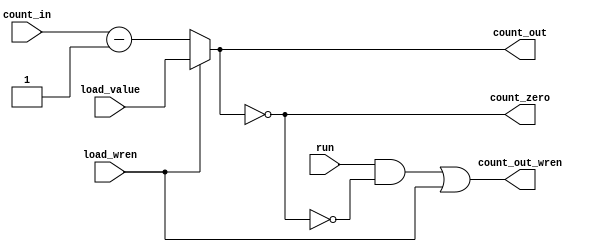
module Down_Counter_Zero
#(
    parameter WORD_WIDTH                = 0
)
(
    input   wire                        run,
    input   wire    [WORD_WIDTH-1:0]    count_in,
    input   wire                        load_wren,
    input   wire    [WORD_WIDTH-1:0]    load_value,
    output  reg                         count_out_wren,
    output  reg     [WORD_WIDTH-1:0]    count_out,
    output  reg                         count_zero
);

// --------------------------------------------------------------------

    initial begin
        count_out_wren  = 0;
        count_out       = 0;
        count_zero      = 0;
    end

    localparam ZERO = {WORD_WIDTH{1'b0}};
    localparam ONE  = {{(WORD_WIDTH-1){1'b0}},1'b1};

// --------------------------------------------------------------------

    reg                     count_run = 0;

    always @(*) begin
        count_run       = (run == 1'b1) & (count_zero == 1'b0);
        count_out_wren  = (count_run == 1'b1) | (load_wren == 1'b1);
        count_out       = (load_wren == 1'b1) ? load_value : (count_in - ONE); 
        count_zero      = (count_out == ZERO);
    end

endmodule